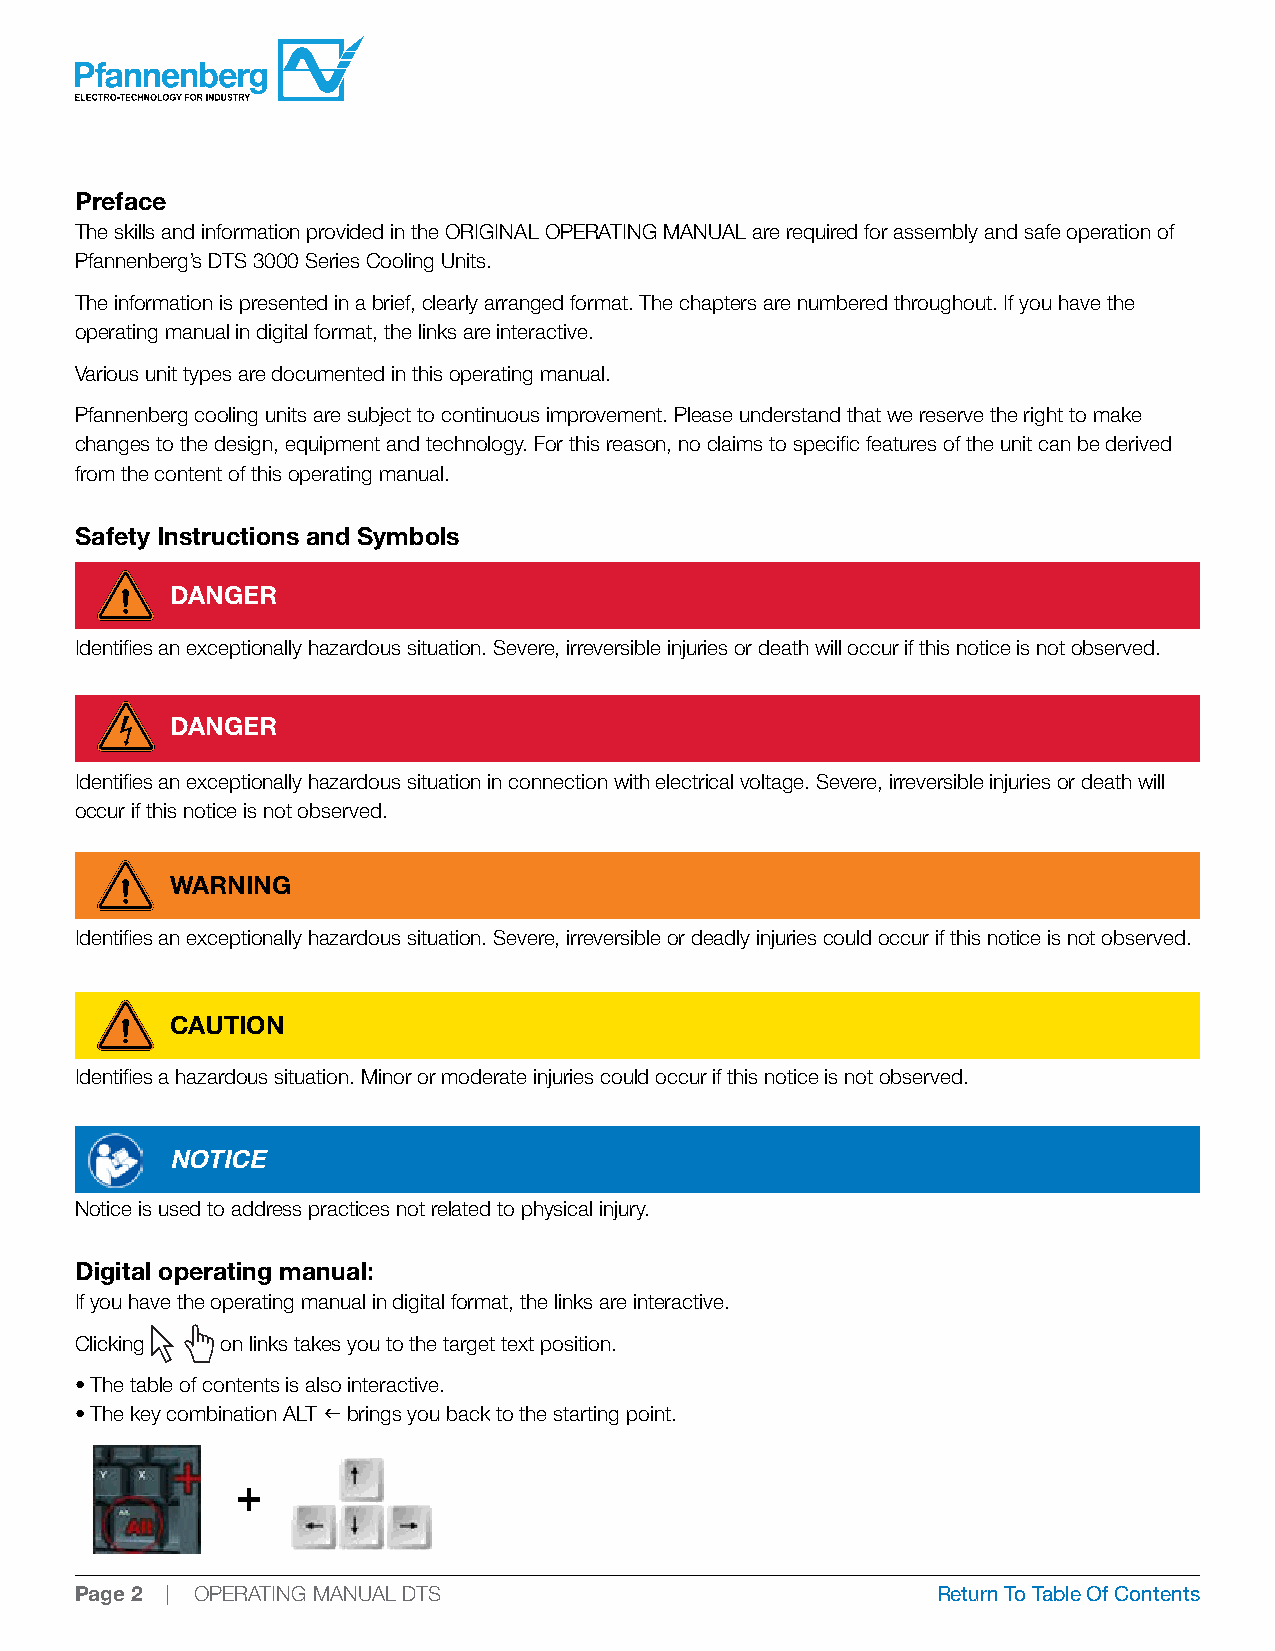
Preface
 The skills and information provided in the ORIGINAL OPERATING MANUAL are required for assembly and safe operation of
 Pfannenberg’s DTS 3000 Series Cooling Units.
 The information is presented in a brief, clearly arranged format. The chapters are numbered throughout. If you have the
 operating manual in digital format, the links are interactive.
 Various unit types are documented in this operating manual.
 Pfannenberg cooling units are subject to continuous improvement. Please understand that we reserve the right to make
 changes to the design, equipment and technology. For this reason, no claims to specific features of the unit can be derived
 from the content of this operating manual.
 Safety Instructions and Symbols
 DANGER
 Identifies an exceptionally hazardous situation. Severe, irreversible injuries or death will occur if this notice is not observed.
 DANGER
 Identifies an exceptionally hazardous situation in connection with electrical voltage. Severe, irreversible injuries or death will
 occur if this notice is not observed.
 WARNING
 Identifies an exceptionally hazardous situation. Severe, irreversible or deadly injuries could occur if this notice is not observed.
 CAUTION
 Identifies a hazardous situation. Minor or moderate injuries could occur if this notice is not observed.
 NOTICE
 Notice is used to address practices not related to physical injury.
 Digital operating manual:
 If you have the operating manual in digital format, the links are interactive.
 Clicking  on links takes you to the target text position.
 • The table of contents is also interactive.
 • The key combination ALT f brings you back to the starting point.
 Page 2 | OPERATING MANUAL DTS                            Return To Table Of Contents